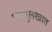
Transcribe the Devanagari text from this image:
परमुलखात